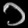
Digit: ၁